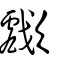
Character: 𣤴